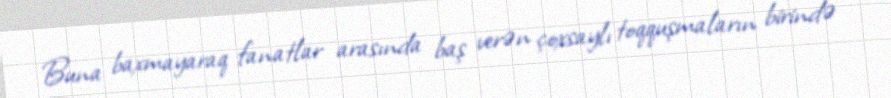
Buna baxmayaraq fanatlar arasında baş verən çoxsaylı toqquşmaların birində